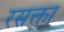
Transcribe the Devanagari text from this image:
रसक्ता